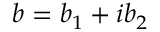
b = b _ { 1 } + i b _ { 2 }